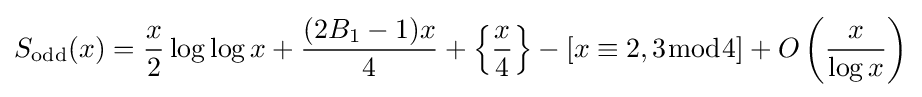
S_{\operatorname {odd} }(x)={\frac {x}{2}}\log \log x+{\frac {(2B_{1}-1)x}{4}}+\left\{{\frac {x}{4}}\right\}-\left[x\equiv 2,3{\bmod {4}}\right]+O\left({\frac {x}{\log x}}\right)